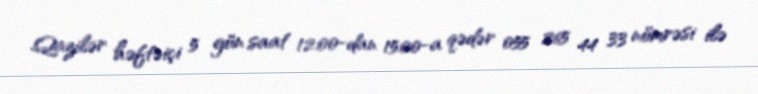
Qazilər həftəiçi 5 gün saat 12:00-dan 15:00-a qədər 055 265 44 33 nömrəsi ilə